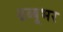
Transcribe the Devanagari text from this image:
ढब्बूभर